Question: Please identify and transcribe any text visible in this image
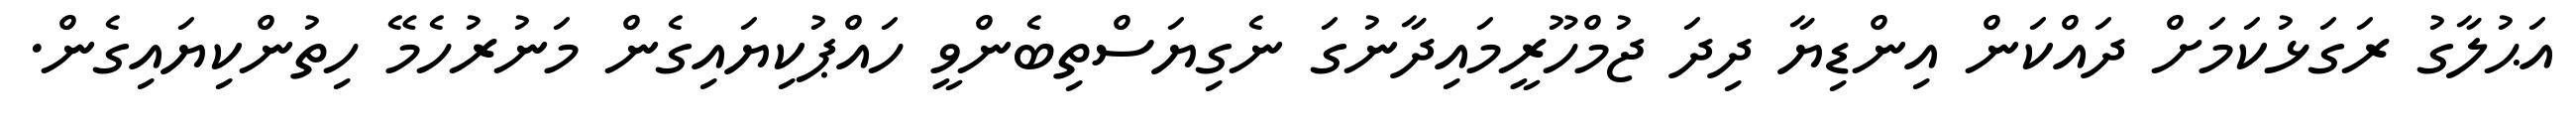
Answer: އަޙުލާގު ރަގަޅުކަމަށް ދައްކަން އިންޑިޔާ ދިދަ ޖުމްހޫރީމައިދާނުގަ ނެގިޔަސްތިބެންވީ ހައްޕުކިޔައިގެން މަނުރުހެމޭ ހިތުންކިޔައިގެން.